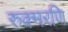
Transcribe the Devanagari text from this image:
रुक्मरणि